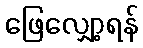
ဖြေလျှော့ရန်